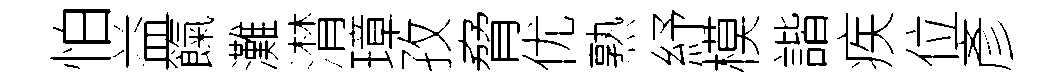
怕益餼灘潸璋孜脅优熟紓模諧疾位彥